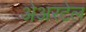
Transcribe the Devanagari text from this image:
अेअरटेल